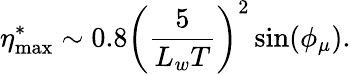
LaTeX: \eta_{\mathrm{max}}^{*}\sim 0.8\left(\frac{5}{L_{w}T}\right)^{2}\sin(\phi_{\mu}).